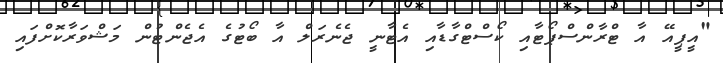
"އީޕީއޭ އާ ޓްރާންސްޕޯޓާއި ކޯސްޓްގާޑާއި އެޓާނީ ޖެނެރަލް އާ ބޯޓުގެ އެޖެންޓުން މަޝްވަރާކޮށްފައި